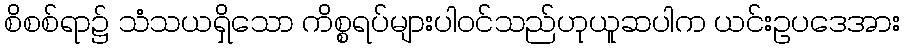
စိစစ်ရာ၌ သံသယရှိသော ကိစ္စရပ်များပါဝင်သည်ဟုယူဆပါက ယင်းဥပဒေအား